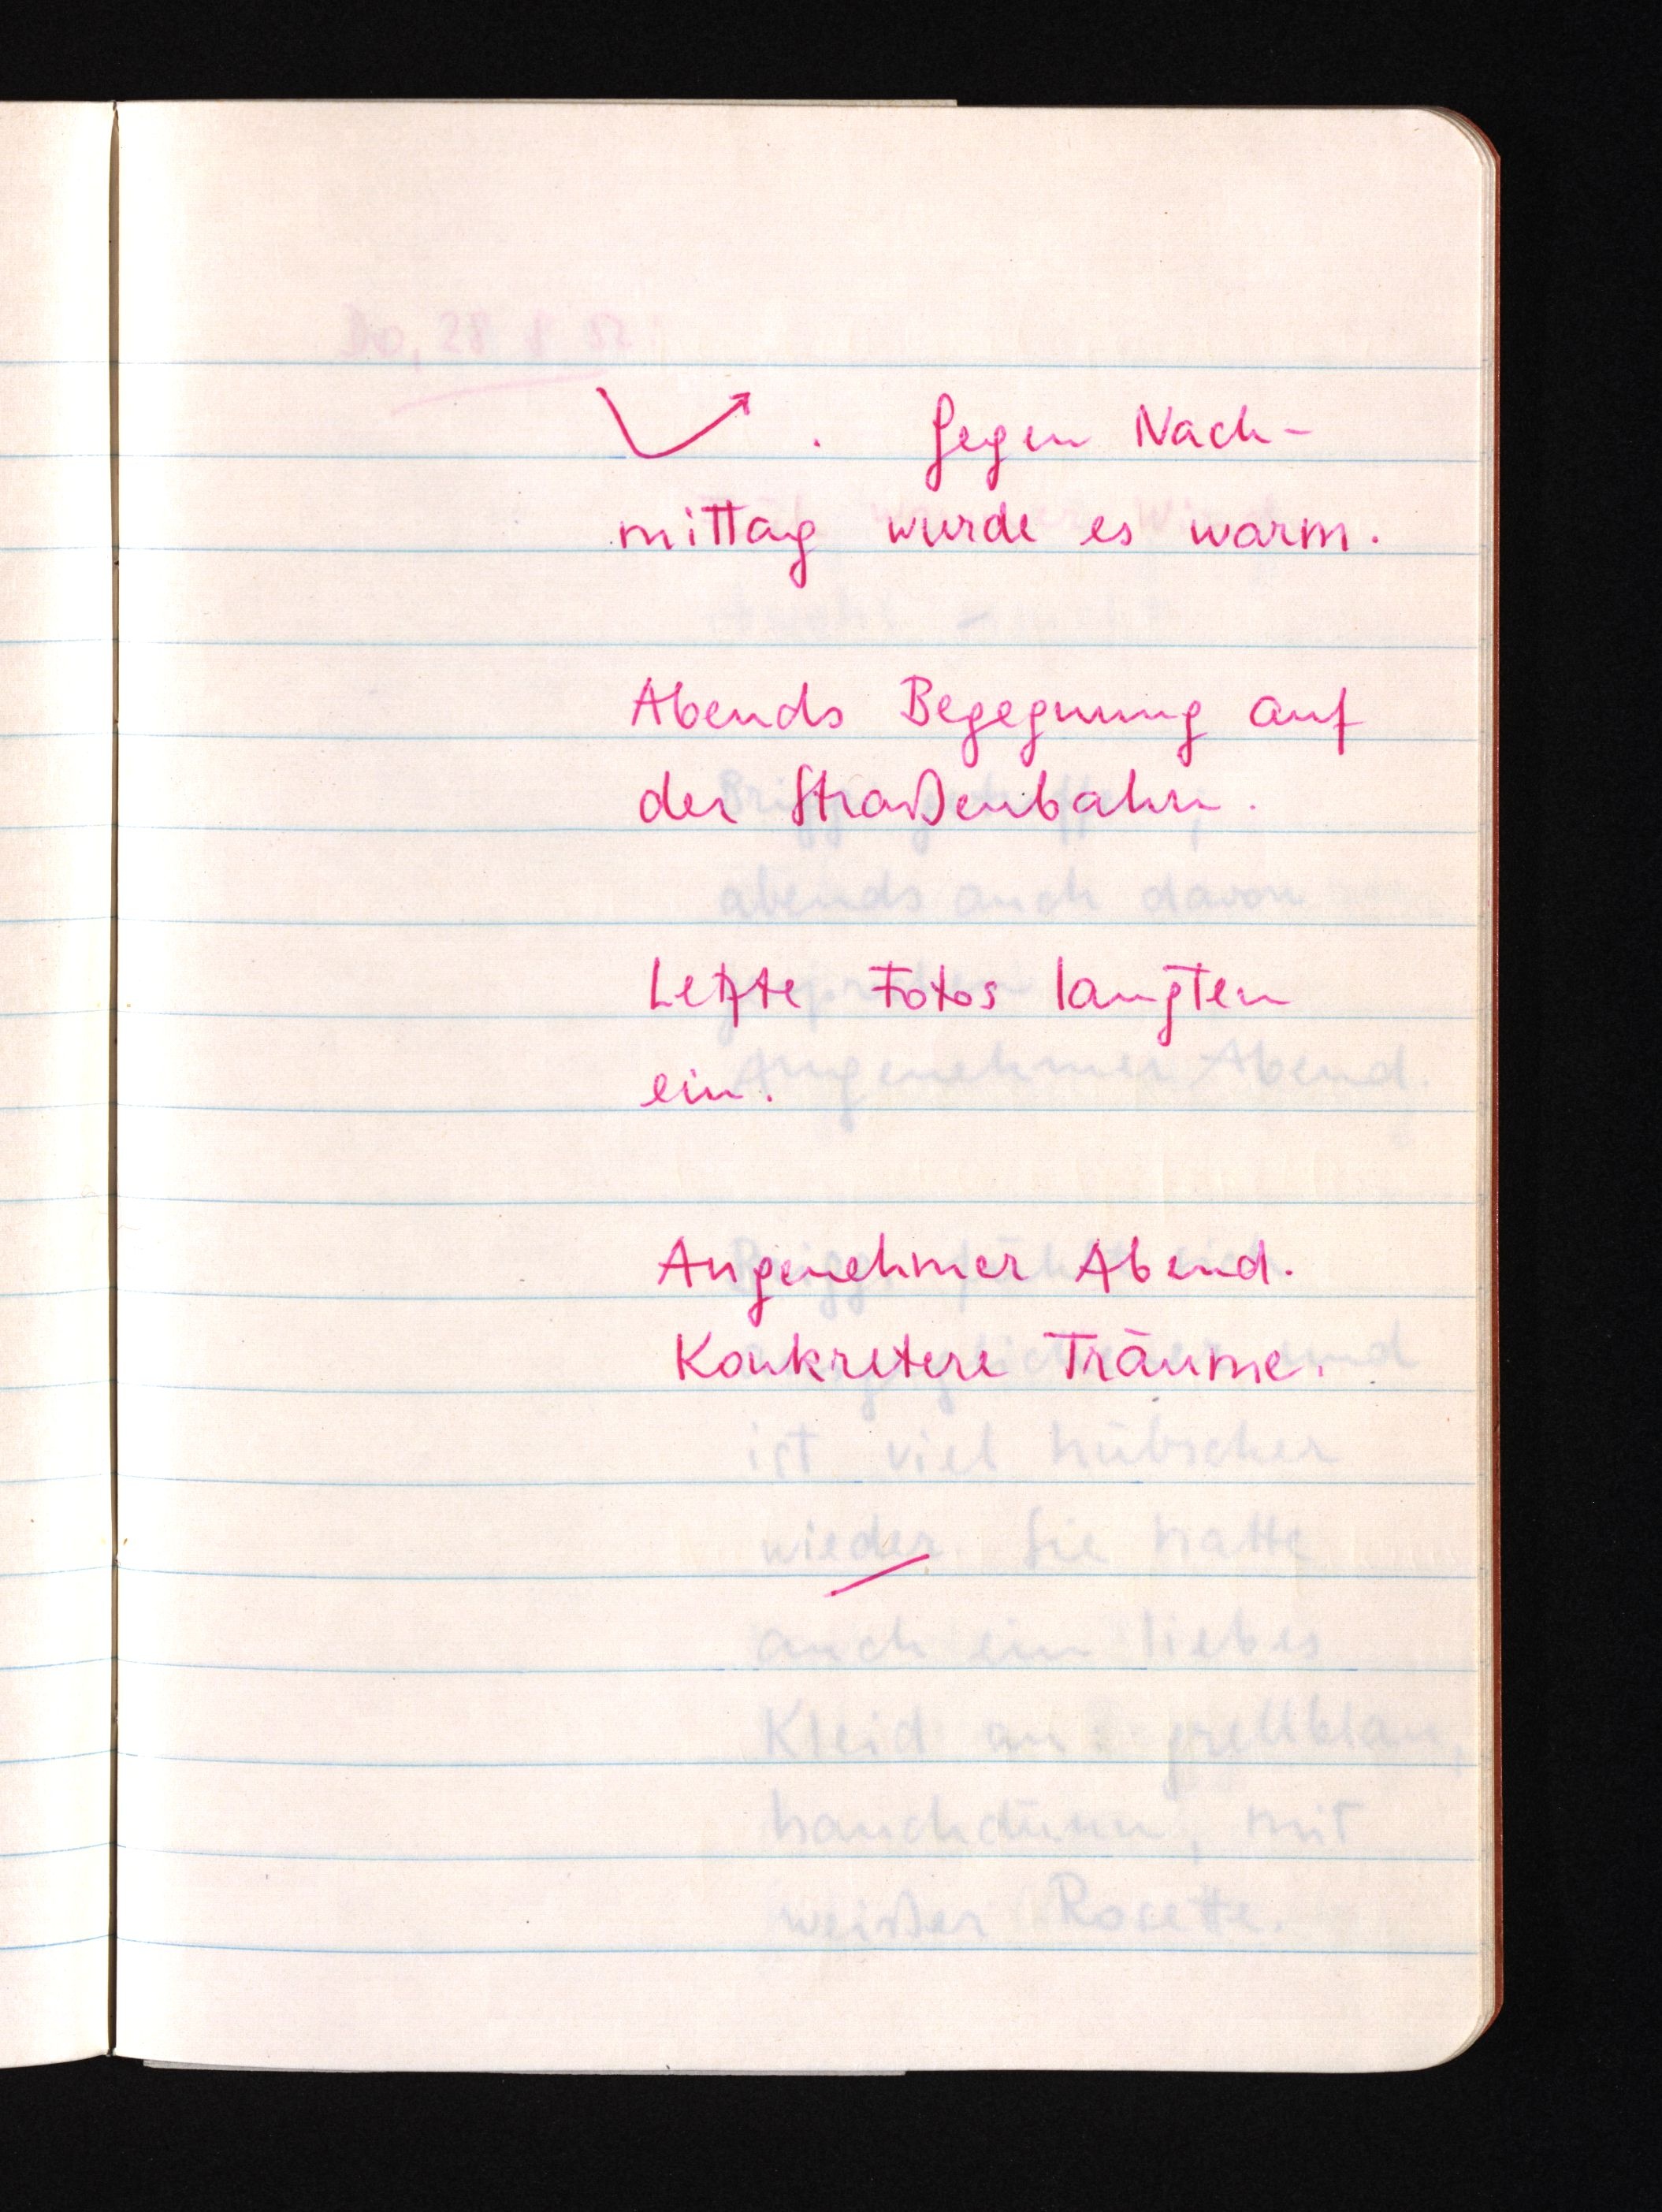
Gegen Nach¬
mittag wurde es warm.
Abends Begegnung auf
der Straßenbahn.
Letzte Fotos langten
ein.
Angenehmer Abend.
Konkretere Träume.